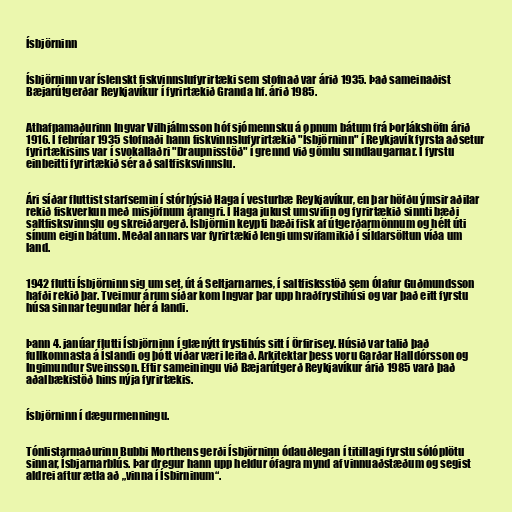
Ísbjörninn

Ísbjörninn var íslenskt fiskvinnslufyrirtæki sem stofnað var árið 1935. Það sameinaðist
Bæjarútgerðar Reykjavíkur í fyrirtækið Granda hf. árið 1985.

Athafnamaðurinn Ingvar Vilhjálmsson hóf sjómennsku á opnum bátum frá Þorlákshöfn árið
1916. Í febrúar 1935 stofnaði hann fiskvinnslufyrirtækið "Ísbjörninn" í Reykjavík fyrsta aðsetur
fyrirtækisins var í svokallaðri "Draupnisstöð" í grennd við gömlu sundlaugarnar. Í fyrstu
einbeitti fyrirtækið sér að saltfisksvinnslu.

Ári síðar fluttist starfsemin í stórhýsið Haga í vesturbæ Reykjavíkur, en þar höfðu ýmsir aðilar
rekið fiskverkun með misjöfnum árangri. Í Haga jukust umsvifin og fyrirtækið sinnti bæði
saltfisksvinnslu og skreiðargerð. Ísbjörnin keypti bæði fisk af útgerðarmönnum og hélt úti
sínum eigin bátum. Meðal annars var fyrirtækið lengi umsvifamikið í síldarsöltun víða um
land.

1942 flutti Ísbjörninn sig um set, út á Seltjarnarnes, í saltfisksstöð sem Ólafur Guðmundsson
hafði rekið þar. Tveimur árum síðar kom Ingvar þar upp hraðfrystihúsi og var það eitt fyrstu
húsa sinnar tegundar hér á landi.

Þann 4. janúar flutti Ísbjörninn í glænýtt frystihús sitt í Örfirisey. Húsið var talið það
fullkomnasta á Íslandi og þótt víðar væri leitað. Arkitektar þess voru Garðar Halldórsson og
Ingimundur Sveinsson. Eftir sameiningu við Bæjarútgerð Reykjavíkur árið 1985 varð það
aðalbækistöð hins nýja fyrirtækis.

Ísbjörninn í dægurmenningu.

Tónlistarmaðurinn Bubbi Morthens gerði Ísbjörninn ódauðlegan í titillagi fyrstu sólóplötu
sinnar, Ísbjarnarblús. Þar dregur hann upp heldur ófagra mynd af vinnuaðstæðum og segist
aldrei aftur ætla að „vinna í Ísbirninum“.